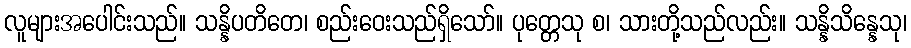
လူများအပေါင်းသည်။ သန္နိပတိတေ၊ စည်းဝေးသည်ရှိသော်။ ပုတ္တေသု စ၊ သားတို့သည်လည်း။ သန္နိသိန္နေသု၊